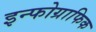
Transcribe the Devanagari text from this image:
इन्फोग्राफिक